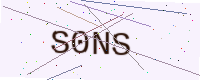
Text: S0NS